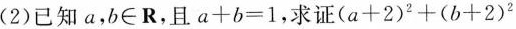
( 2 )已知 a , b \in R , 且$$a + b = 1$$,求证$$( a + 2 )^{ 2 } + ( b + 2 )^{ 2 }